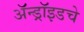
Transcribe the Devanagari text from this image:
ॲन्ड्रॉइडचे